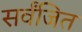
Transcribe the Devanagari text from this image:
सर्वंजित